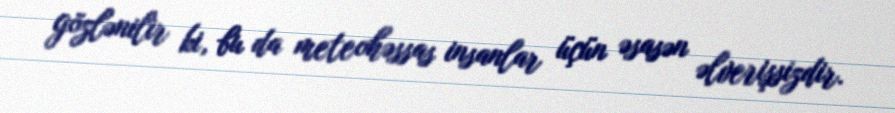
gözlənilir ki, bu da meteohəssas insanlar üçün əsasən əlverişsizdir.